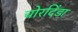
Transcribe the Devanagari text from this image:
चोरदिंडा